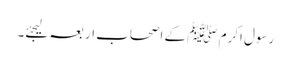
رسول اکرم ﷺ کے اصحاب اربعہ لیجئے۔